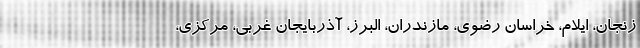
زنجان، ایلام، خراسان رضوی، مازندران، البرز، آذربایجان غربی، مرکزی،